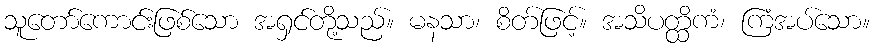
သူတော်ကောင်းဖြစ်သော အရှင်တို့သည်။ မနသာ၊ စိတ်ဖြင့်။ အသိပတ္ထိကံ၊ ကြံအပ်သော။